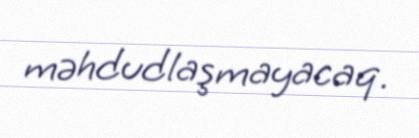
məhdudlaşmayacaq.